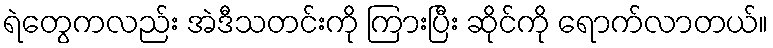
ရဲတွေကလည်း အဲဒီသတင်းကို ကြားပြီး ဆိုင်ကို ရောက်လာတယ်။